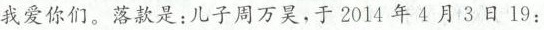
我爱你们。落款是：儿子周万昊，于2014年4月3日19：